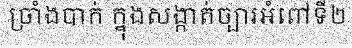
ច្រាំងបាក់ ក្នុងសង្កាត់ច្បារអំពៅទី២